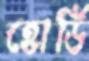
হোর্ডি